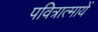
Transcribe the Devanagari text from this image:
पवित्रात्मायें